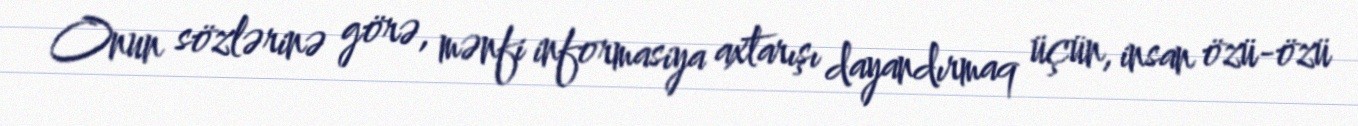
Onun sözlərinə görə, mənfi informasiya axtarışı dayandırmaq üçün, insan özü-özü